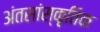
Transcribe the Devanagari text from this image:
अंतसांस्कृतिक